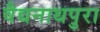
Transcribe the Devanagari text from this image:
वैद्यनाथपुरा